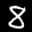
Label: 8